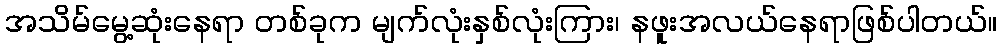
အသိမ်မွေ့ဆုံးနေရာ တစ်ခုက မျက်လုံးနှစ်လုံးကြား၊ နဖူးအလယ်နေရာဖြစ်ပါတယ်။